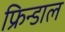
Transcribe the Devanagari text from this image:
फ्रिन्डाल